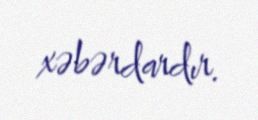
xəbərdardır.